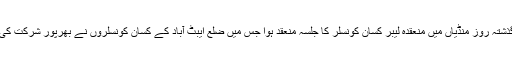
گذشتہ روز منڈیاں میں منعقدہ لیبر کسان کونسلر کا جلسہ منعقد ہوا جس میں ضلع ایبٹ آباد کے کسان کونسلروں نے بھرپور شرکت کی۔